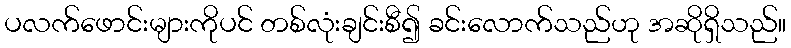
ပလက်ဖောင်းများကိုပင် တစ်လုံးချင်းစီ၍ ခင်းလောက်သည်ဟု အဆိုရှိသည်။